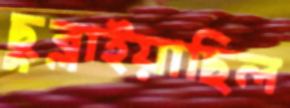
ছুব্‌লাইয়াছিল